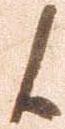
候